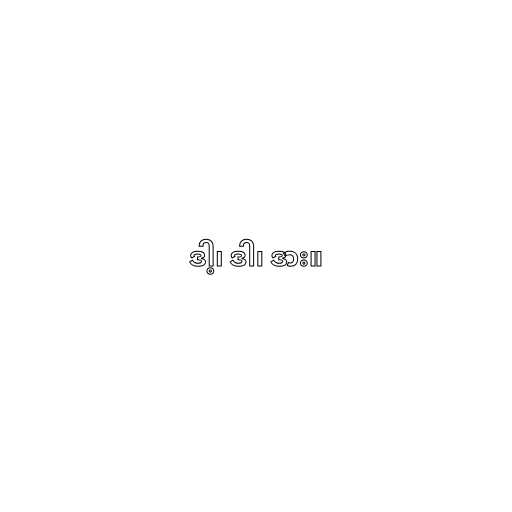
ဒါ့၊ ဒါ၊ ဒား။